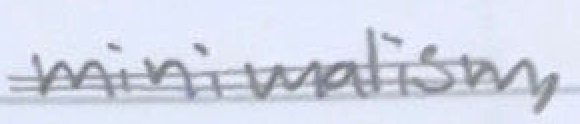
Text: minimalism,
Cross-out: double-line
Writing tool: pencil